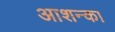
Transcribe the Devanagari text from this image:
आशन्का